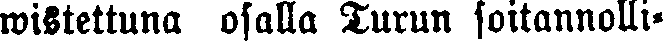
wistettuna osalla Turun soitannolli-